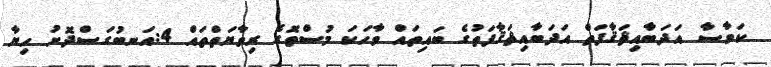
ކަވާސާ އަދަބާއިޘަޤާފަތް އަދަބާއިޘަޤާފަތުގެ ބައިތައް ވާހަކަ މުސްތޮގެ ރިވާޔަތްތައް 4:އަނބުގަސްދޮށު ހިޔާ